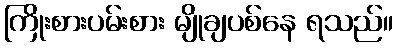
ကြိုးစားပမ်းစား မျိုချပစ်နေ ရသည်။